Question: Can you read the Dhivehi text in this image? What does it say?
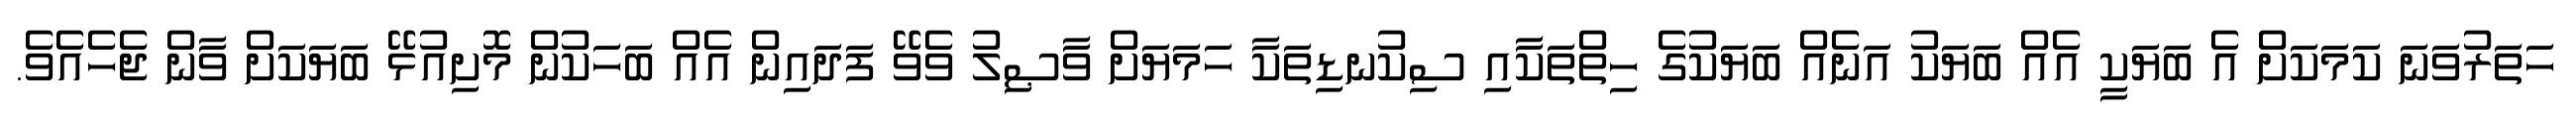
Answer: ހަތަރުވަނަ ކަމަކަށް އެ ބަޔަކީ އެއް ބަޔަކު އަނެއް ބަޔަކުގެ ހިތްތަކާއި ސިކުނޑިތަކާ ހަމަޔަށް ވާޞިލު ވެވޭ ފަދައިން އެއް ބަހަކުން މޮށިއުޅޭ ބަޔަކަށް ވާން ޖެހެއެވެ.